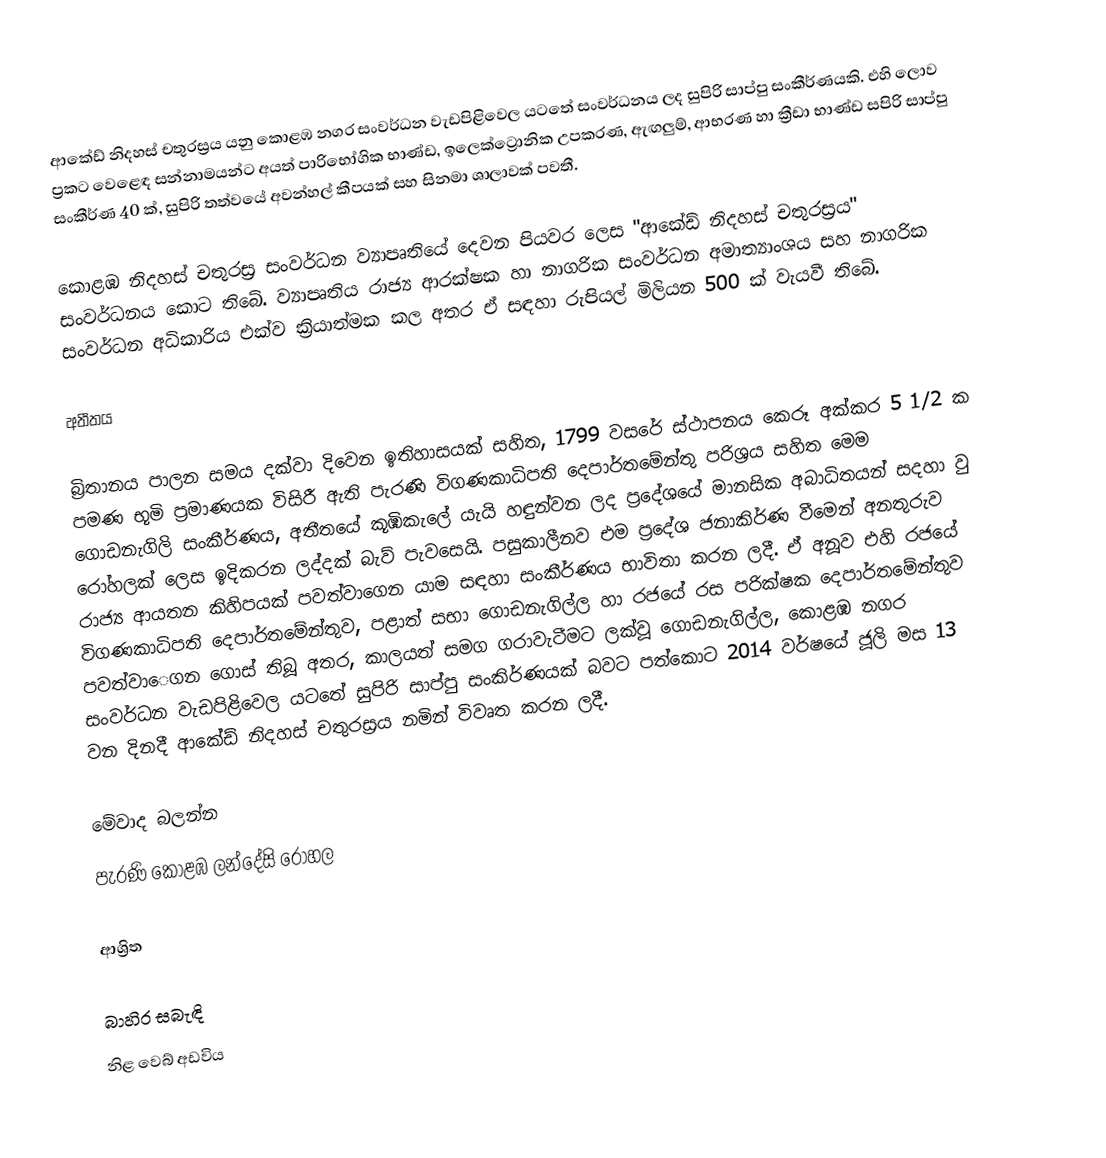
ආකේඩ් නිදහස් චතුරස්‍රය යනු කොළඹ නගර සංවර්ධන වැඩපිළිවෙල යටතේ සංවර්ධනය ලද සුපිරි සාප්පු සංකීර්ණයකි. එහි ලොව ප්‍රකට වෙළෙඳ සන්නාමයන්ට අයත් පාරිභෝගික භාණ්ඩ, ඉලෙක්ට්‍රොනික උපකරණ, ඇඟලුම්, ආභරණ හා ක්‍රීඩා භාණ්ඩ සපිරි සාප්පු සංකීර්ණ 40 ක්, සුපිරි තත්වයේ අවන්හල් කීපයක් සහ සිනමා ශාලාවක් පවතී.

කොළඹ නිදහස් චතුරස්‍ර සංවර්ධන ව්‍යාපෘතියේ දෙවන පියවර ලෙස "ආකේඩ් නිදහස් චතුරස්‍රය" සංවර්ධනය කොට තිබේ. ව්‍යාපෘතිය රාජ්‍ය ආරක්ෂක හා නාගරික සංවර්ධන අමාත්‍යාංශය සහ නාගරික සංවර්ධන අධිකාරිය එක්ව ක්‍රියාත්මක කල අතර ඒ සඳහා රුපියල් මිලියන 500 ක් වැයවී තිබේ.

අතීතය

බ්‍රිතානය පාලන සමය දක්වා දිවෙන ඉතිහාසයක් සහිත, 1799 වසරේ ස්ථාපනය කෙරූ අක්කර 5 1/2 ක පමණ භූමි ප්‍රමාණයක විසිරී ඇති පැරණි විගණකාධිපති දෙපාර්තමේන්තු පරිශ්‍රය සහිත මෙම ගොඩනැගිලි සංකීර්ණය, අතීතයේ කූඹිකැලේ යැයි හඳුන්වන ලද ප්‍රදේශයේ මානසික අබාධිතයන් සදහා වු රෝහලක් ලෙස ඉදිකරන ලද්දක් බැව් පැවසෙයි. පසුකාලීනව එම ප්‍රදේශ ජනාකිර්ණ වීමෙන් අනතුරුව රාජ්‍ය ආයතන කිහිපයක් පවත්වාගෙන යාම සඳහා සංකීර්ණය භාවිතා කරන ලදී. ඒ අනූව එහි රජයේ විගණකාධිපති ‍දෙපාර්තමේන්තුව, පළාත් සභා ගොඩනැගිල්ල හා රජයේ රස පරික්ෂක දෙපාර්තමේන්තුව පවත්වා‍ෙගන ගොස් තිබූ අතර, කාලයත් සමග ගරාවැටීමට ලක්වූ ගොඩනැගිල්ල, කොළඹ නගර සංවර්ධන වැඩපිළිවෙල යටතේ සුපිරි සාප්පු සංකිර්ණයක් බවට පත්කොට 2014 වර්ෂයේ ජූලි මස 13 වන දිනදී ආකේඩ් නිදහස් චතුරස්‍රය නමින් විවෘත කරන ලදී.

මේවාද බලන්න
පැරණි කොළඹ ලන්දේසි රෝහල

ආශ්‍රිත

බාහිර සබැඳි
නිළ වෙබ් අඩවිය